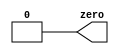
// SPDX-License-Identifier: MIT

module top_module(
    output zero
);// Module body starts after semicolon

    assign zero = 0;
endmodule